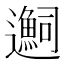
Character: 𬩬